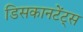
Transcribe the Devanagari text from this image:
डिसकानटेंट्स